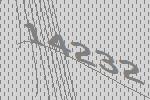
14232